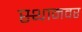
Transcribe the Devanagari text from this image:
स्थानवर